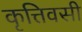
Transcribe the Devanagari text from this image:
कृत्तिवसी